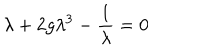
\lambda + 2 g \lambda ^ { 3 } - { \frac { 1 } { \lambda } } = 0